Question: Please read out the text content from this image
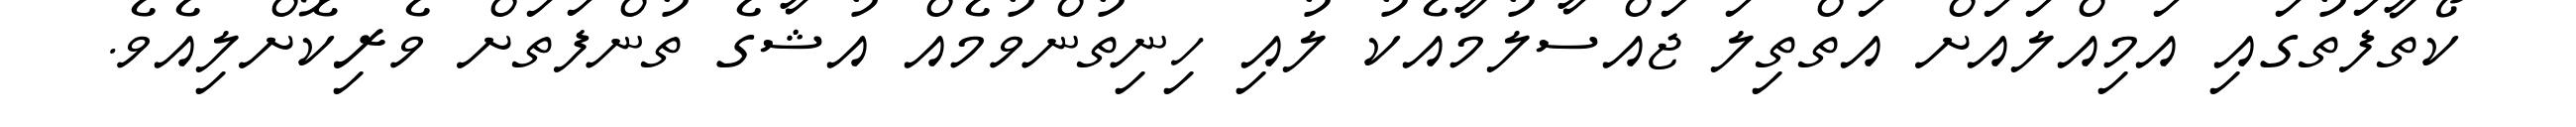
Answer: ކޯތާފަތުގައި އަމިއްލައަށް އަތްތިލަ ޖައްސާލުމާއެކު ލުއި ހިނިތުންވުމެއް އުޝާގެ ތުންފަތަށް ވެރިކޮށްލިއެވެ.